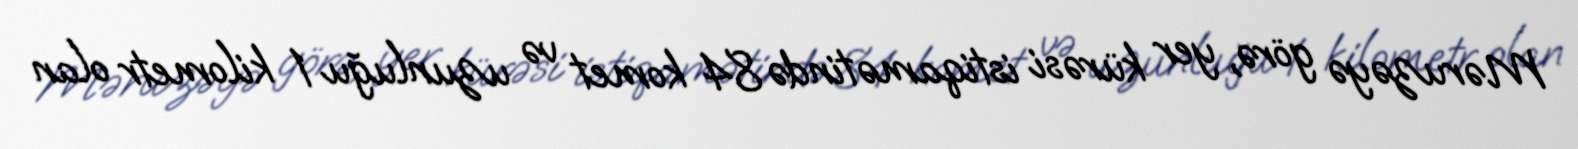
Məruzəyə görə, yer kürəsi istiqamətində 84 komet və uzunluğu 1 kilometr olan